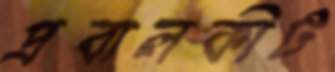
প্রবালকীট